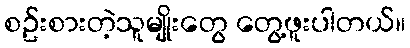
စဥ်းစားတဲ့သူမျိုးတွေ တွေ့ဖူးပါတယ်။